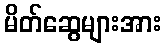
မိတ်ဆွေများအား